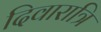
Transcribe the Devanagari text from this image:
दिवारात्रि